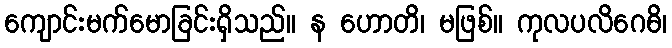
ကျောင်းမက်မောခြင်းရှိသည်။ န ဟောတိ၊ မဖြစ်။ ကုလပလိဂေဓိ၊